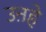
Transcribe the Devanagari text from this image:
उऩहे